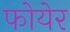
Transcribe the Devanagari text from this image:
फोयेर